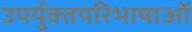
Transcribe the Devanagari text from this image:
उपर्युक्तपरिभाषाओं